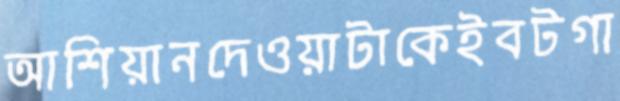
আশিয়ানদেওয়াটাকেইবটগা